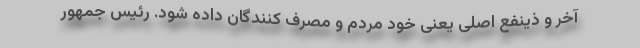
آخر و ذینفع اصلی یعنی خود مردم و مصرف کنندگان داده شود. رئیس جمهور